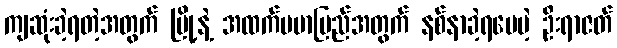
ကျဆုံးခဲ့ရတဲ့အတွက် မြို့နဲ့ အထက်ဗမာပြည်အတွက် နစ်နာခဲ့ရပေမဲ့ ဦးရာဇတ်